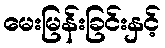
မေးမြန်းခြင်းနှင့်